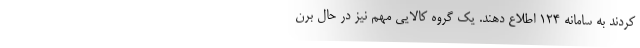
کردند به سامانه ۱۲۴ اطلاع دهند. یک گروه کالایی مهم نیز در حال برن